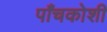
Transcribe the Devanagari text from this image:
पाँचकोशी